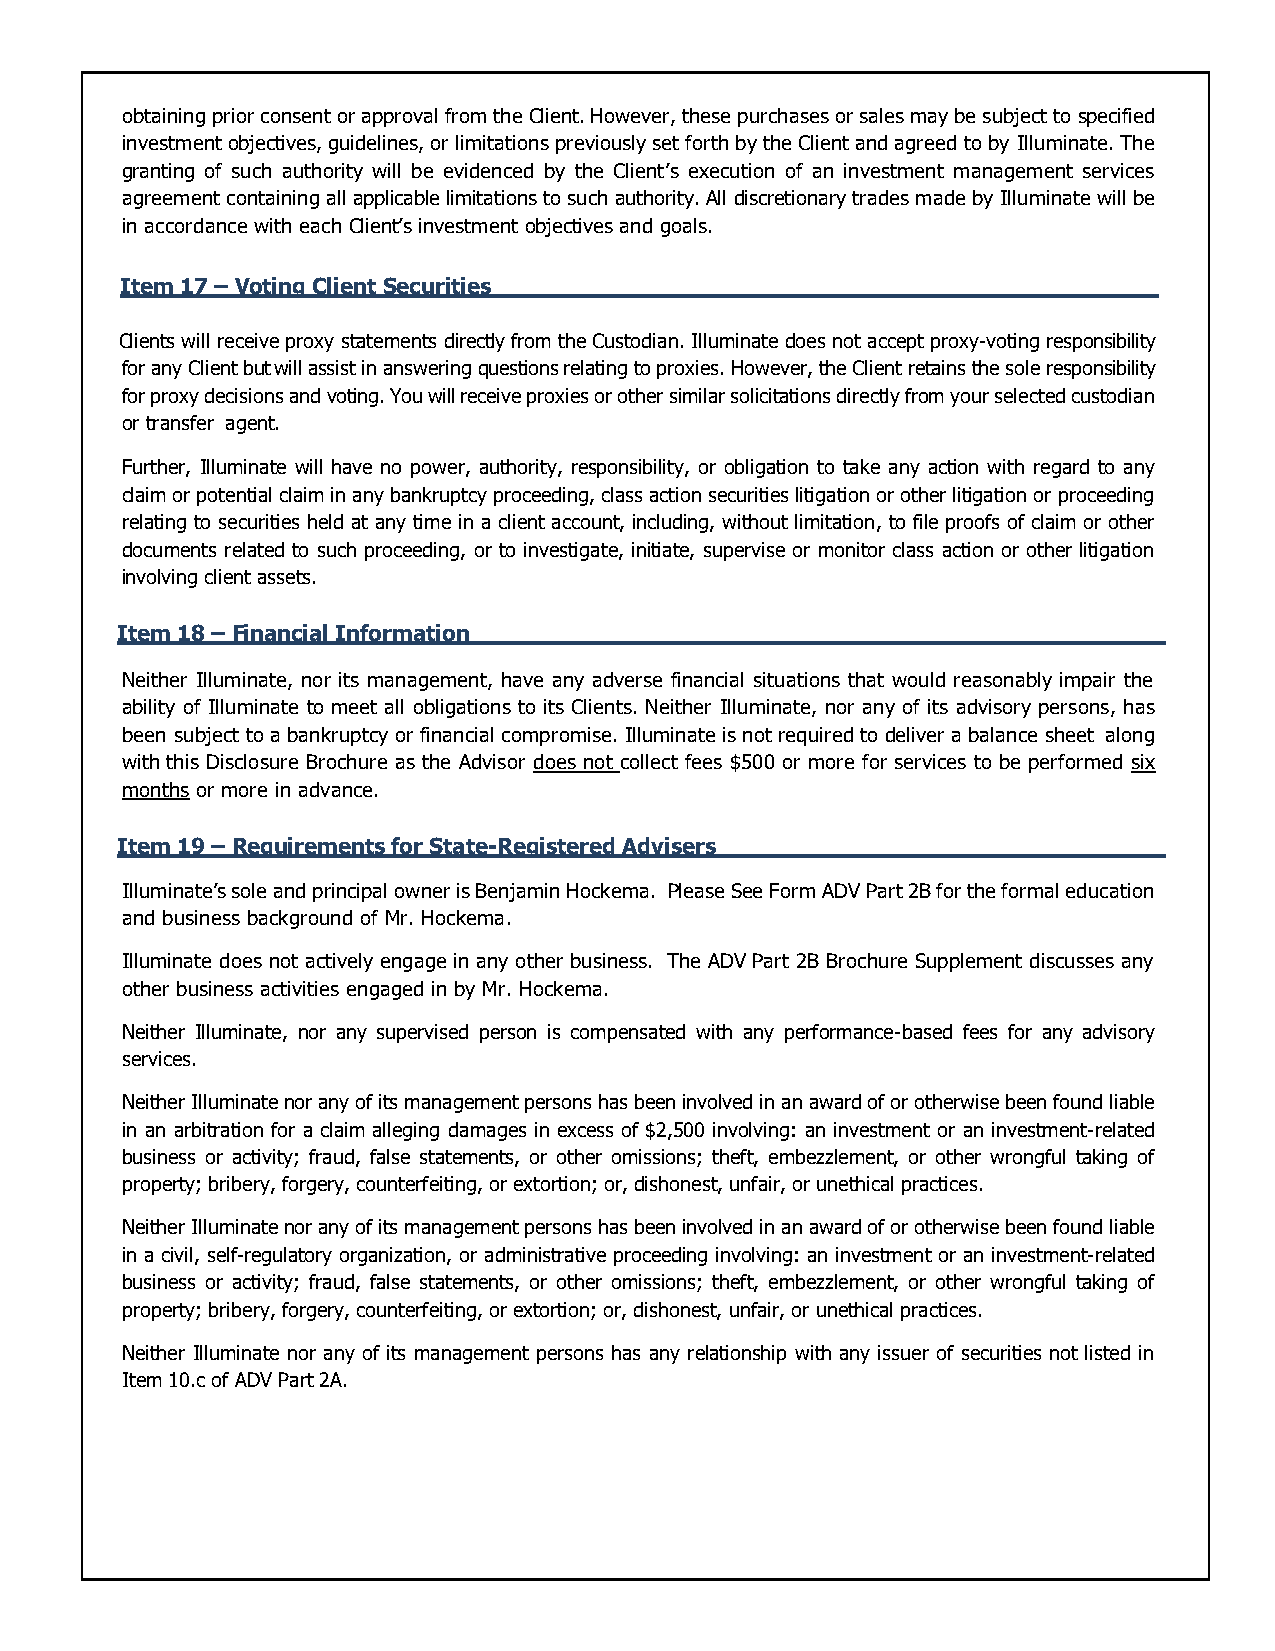
obtaining prior consent or approval from the Client. However, these purchases or sales may be subject to specified
 investment objectives, guidelines, or limitations previously set forth by the Client and agreed to by Illuminate. The
 granting of such authority will be evidenced by the Client’s execution of an investment management services
 agreement containing all applicable limitations to such authority. All discretionary trades made by Illuminate will be
 in accordance with each Client’s investment objectives and goals.
 Item 17 – Voting Client Securities
 Clients will receive proxy statements directly from the Custodian. Illuminate does not accept proxy-voting responsibility
 for any Client but will assist in answering questions relating to proxies. However, the Client retains the sole responsibility
 for proxy decisions and voting. You will receive proxies or other similar solicitations directly from your selected custodian
 or transfer agent.
 Further, Illuminate will have no power, authority, responsibility, or obligation to take any action with regard to any
 claim or potential claim in any bankruptcy proceeding, class action securities litigation or other litigation or proceeding
 relating to securities held at any time in a client account, including, without limitation, to file proofs of claim or other
 documents related to such proceeding, or to investigate, initiate, supervise or monitor class action or other litigation
 involving client assets.
 Item 18 – Financial Information
 Neither Illuminate, nor its management, have any adverse financial situations that would reasonably impair the
 ability of Illuminate to meet all obligations to its Clients. Neither Illuminate, nor any of its advisory persons, has
 been subject to a bankruptcy or financial compromise. Illuminate is not required to deliver a balance sheet along
 with this Disclosure Brochure as the Advisor does not collect fees $500 or more for services to be performed six
 months or more in advance.
 Item 19 – Requirements for State-Registered Advisers
 Illuminate’s sole and principal owner is Benjamin Hockema. Please See Form ADV Part 2B for the formal education
 and business background of Mr. Hockema.
 Illuminate does not actively engage in any other business. The ADV Part 2B Brochure Supplement discusses any
 other business activities engaged in by Mr. Hockema.
 Neither Illuminate, nor any supervised person is compensated with any performance-based fees for any advisory
 services.
 Neither Illuminate nor any of its management persons has been involved in an award of or otherwise been found liable
 in an arbitration for a claim alleging damages in excess of $2,500 involving: an investment or an investment-related
 business or activity; fraud, false statements, or other omissions; theft, embezzlement, or other wrongful taking of
 property; bribery, forgery, counterfeiting, or extortion; or, dishonest, unfair, or unethical practices.
 Neither Illuminate nor any of its management persons has been involved in an award of or otherwise been found liable
 in a civil, self-regulatory organization, or administrative proceeding involving: an investment or an investment-related
 business or activity; fraud, false statements, or other omissions; theft, embezzlement, or other wrongful taking of
 property; bribery, forgery, counterfeiting, or extortion; or, dishonest, unfair, or unethical practices.
 Neither Illuminate nor any of its management persons has any relationship with any issuer of securities not listed in
 Item 10.c of ADV Part 2A.